Papers set at the Examination for Leaving Certificates, 1894
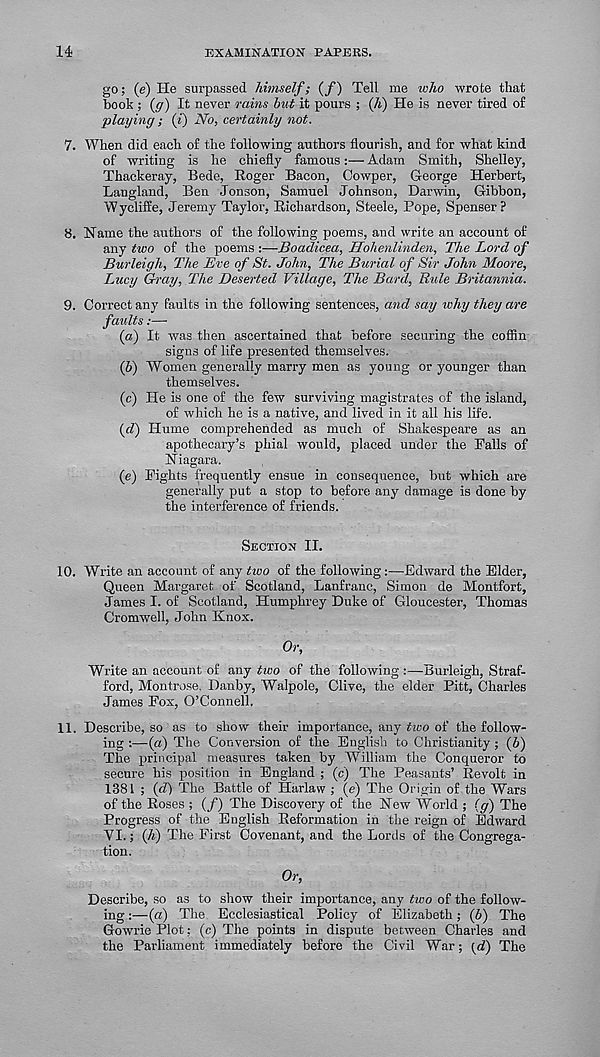
14
EXAMINATION PAPERS.
go; (e) He surpassed himself; (/) Tell me who wrote that
book ; (<7) It never rains hut it pours ; (/t) He is never tired of
playing ; (i) No, certainly not.
7. When did each of the following authors flourish, and for what kind
of writing is he chiefly famous:— Adam Smith, Shelley,
Thackeray, Bede, Roger Bacon, Cowper, George Herbert,
Langland, Ben Jonson, Samuel Johnson, Darwin, Gibbon,
WycliSe, Jeremy Taylor, Richardson, Steele, Pope, Spenser?
8. Name the authors of the following poems, and write an account of
any two of the poems :—Boadicea, Hohenlinden, The Lord of
Burleigh, The Eve of St. John, The Burial of Sir John Moore,
Lucy Gray, The Deserted Village, The Bard, Ride Britannia.
9. Correct any faults in the following sentences, and say why they are
faults:—•
(a) It was then ascertained that before securing the coffin
signs of life presented themselves.
(b) Women generally marry men as young or younger than
themselves.
(c) He is one of the few surviving magistrates of the island,
of which he is a native, and lived in it all his life.
(<7) Hume comprehended as much of Shakespeare as an
apothecary’s phial would, placed under the Palls of
Niagara.
(e) Fights frequently ensue in consequence, but which are
generally put a stop to before any damage is done by
the interference of friends.
SECTION II.
10. Write an account of any two of the following—Edward the Elder,
Queen Margaret of Scotland, Lanfranc, Simon de Montfort,
James I. of Scotland, Humphrey Duke of Gloucester, Thomas
Cromwell, John Knox.
Or,
Write an account of any two of the following :—Burleigh, Straf-
ford, Montrose, Danby, Walpole, Clive, the elder Pitt, Charles
James Fox, O’Connell.
11. Describe, so as to show their importance, any two of the follow-
ing :—(a) The Conversion of the English to Christianity ; (6)
The principal measures taken by William the Conqueror to
secure his position in England ; (c) The Peasants’ Revolt in
1381 ; (d) The Battle of Harlaw ; (e) The Origin of the Wars
of the Roses ; (/) The Discovery of the New World ; (g) The
Progress of the English Reformation in the reign of Edward
VI.; (A) The First Covenant, and the Lords of the Congrega-
tion.
Or,
Describe, so as to show their importance, any two of the follow-
ing :—(a) The Ecclesiastical Policy of Elizabeth; (6) The
Gowrie Plot; (c) The points in dispute between Charles and
the Parliament immediately before the Civil War; (d) The